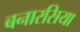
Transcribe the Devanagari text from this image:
बनारसिया